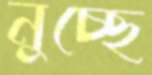
নুচ্ছে